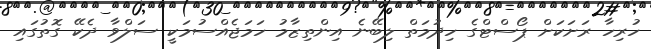
ހުރިހާ ރަށަކަށް ޕޯސްޓްގެ ހިދުމަތް ލިބޭނެ އިންތިޒާމު ހަމަޖެއްސުމަކީ ސަލްވާ ދެކޭ ގޮތުގައި